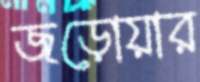
জড়োয়ার